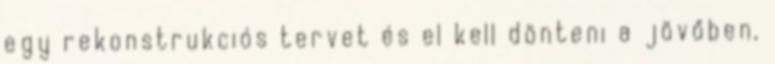
egy rekonstrukciós tervet és el kell dönteni a jövőben,